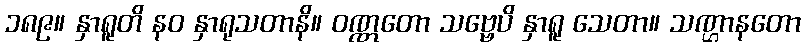
၁၈၉။ နှာရူတိ နဝ နှာရုသတာနိ။ ဝဏ္ဏတော သဗ္ဗေပိ နှာရူ သေတာ။ သဏ္ဌာနတော